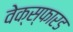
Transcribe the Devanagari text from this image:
वेक्स्फारड